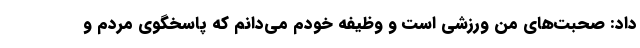
داد: صحبت‌های من ورزشی است و وظیفه خودم می‌دانم که پاسخگوی مردم و